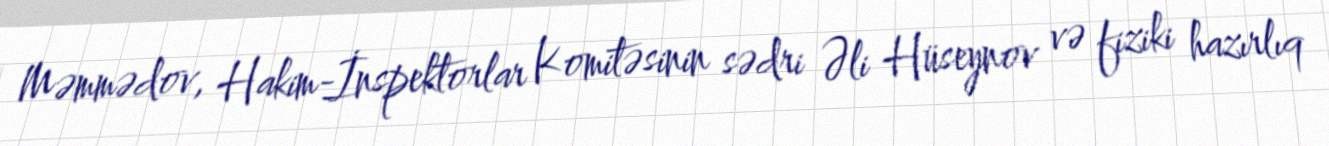
Məmmədov, Hakim-İnspektorlar Komitəsinin sədri Əli Hüseynov və fiziki hazırlıq